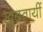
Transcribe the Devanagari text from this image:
खुदवायीं